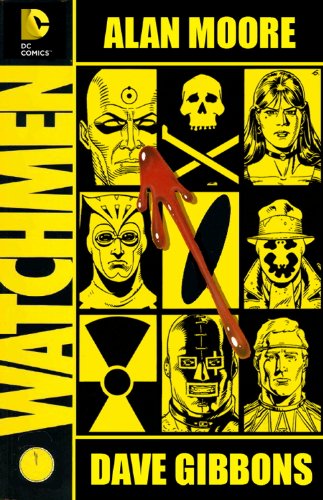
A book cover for Watchmen, Deluxe Edition; Alan Moore; Comics & Graphic Novels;